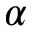
\alpha